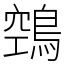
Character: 鵼